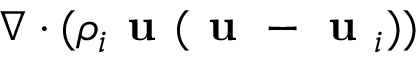
\nabla \cdot ( \rho _ { i } \textbf { u } ( \textbf { u } - \textbf { u } _ { i } ) )